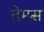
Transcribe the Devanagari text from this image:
तेम्प्स